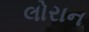
લોરાન